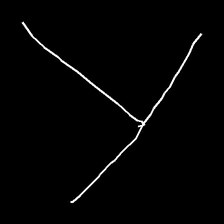
Glyph: column